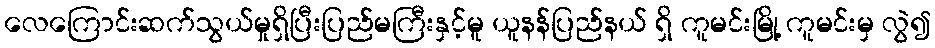
လေကြောင်းဆက်သွယ်မှုရှိပြီးပြည်မကြီးနှင့်မူ ယူနန်ပြည်နယ် ရှိ ကူမင်းမြို့ ကူမင်းမှ လွဲ၍